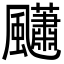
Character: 𩙚